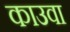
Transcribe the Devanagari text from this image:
काउवा